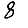
Digit: 8